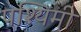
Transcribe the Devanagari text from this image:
पश्यिमी